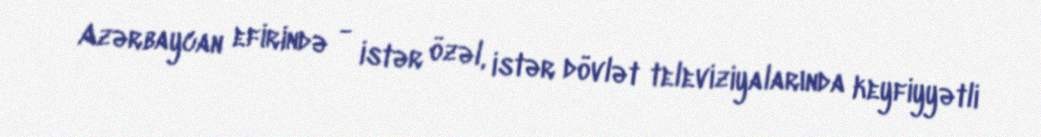
Azərbaycan efirində - istər özəl, istər dövlət televiziyalarında keyfiyyətli